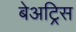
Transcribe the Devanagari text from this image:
बेअट्रिस